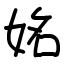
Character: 姳